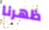
ظهرنا